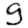
Digit: 9